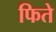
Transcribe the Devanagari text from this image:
फिते